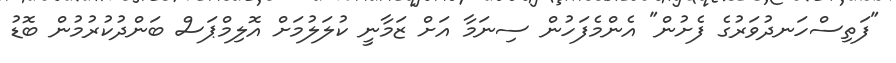
"ފަތިސްހަނދުވަރުގެ ފެށުން" އެންމެފަހުން ސިނަމާ އަށް ޒަމާނީ ކުލަލުމަށް އޮލިމްޕަސް ބަންދުކުރުމުން ބޮޑު